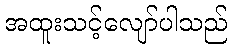
အထူးသင့်လျော်ပါသည်